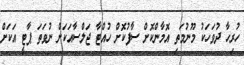
ހުރިހާ ދުވަހަކު މޫނުމަތި އޮމާންކޮށް ސާފުކޮށް ހުއްޓާ ޖަލްސާއަކަށް ނުވަތަ ޕާޓީ އަކަށް